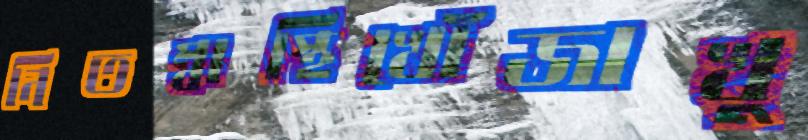
নিতম্বাস্থিখোঁজাখু